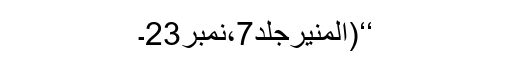
‘‘(المنیرجلد7،نمبر23۔